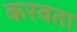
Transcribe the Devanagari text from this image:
करवता